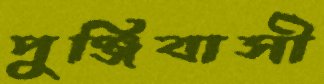
পুঞ্জিবাসী